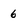
Character: 6